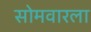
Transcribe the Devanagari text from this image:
सोमवारला